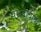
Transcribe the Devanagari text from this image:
संभवाचार्य